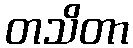
တသိတာ